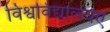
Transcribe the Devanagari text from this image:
विश्वविद्यालयए